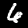
Label: 6